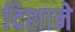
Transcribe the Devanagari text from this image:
दिशाने